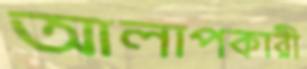
আলাপকারী